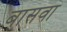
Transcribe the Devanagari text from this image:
बासवा